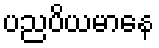
ပညပိယမာနေ